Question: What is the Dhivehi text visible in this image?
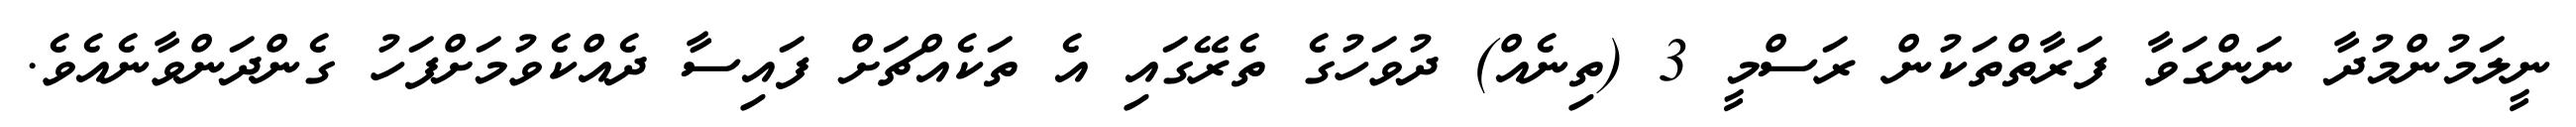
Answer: ނީލަމުންމުދާ ނަންގަވާ ފަރާތްތަކުން ރަސްމީ 3 (ތިނެއް) ދުވަހުގެ ތެރޭގައި އެ ތަކެއްޗަށް ފައިސާ ދެއްކެވުމަށްފަހު ގެންދަންވާނެއެވެ.